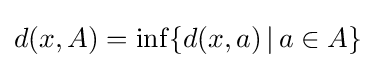
d(x,A)=\inf\{d(x,a)\,|\,a\in A\}